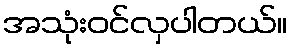
အသုံးဝင်လှပါတယ်။